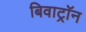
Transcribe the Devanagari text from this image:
बिवाट्रॉन